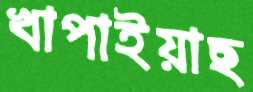
খাপাইয়াছ